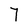
Character: 7